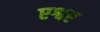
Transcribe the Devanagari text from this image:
एश्वर